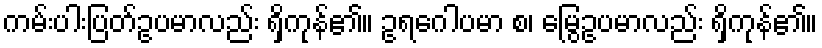
ကမ်းပါးပြတ်ဥပမာလည်း ရှိကုန်၏။ ဥရဂေါပမာ စ၊ မြွေဥပမာလည်း ရှိကုန်၏။